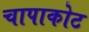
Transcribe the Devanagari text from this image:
चापाकोट